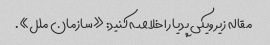
مقاله زیر ویکی پدیا را خلاصه کنید: «سازمان ملل».